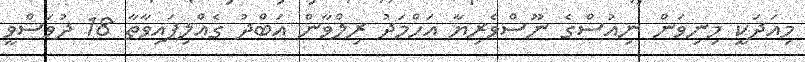
މިއަދަކީ މިނިވަން ނިއުސްގެ ނޫސްވެރިޔާ އަހްމަދު ރިލްވާން އަބްދު ގެއްލިފައިވާތާ 18 ދުވަސްވީ